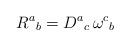
LaTeX: \begin{align*}R^{a}{}_{b}=D^{a}{}_{c}\, \omega ^{c}{}_{b}\;\end{align*}